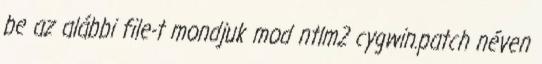
be az alábbi file-t mondjuk mod ntlm2 cygwin.patch néven